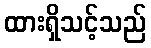
ထားရှိသင့်သည်